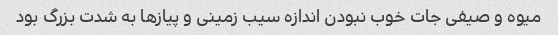
میوه و صیفی جات خوب نبودن اندازه سیب زمینی و پیازها به شدت بزرگ بود